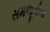
સમજૂતીના